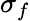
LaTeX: \sigma_{f}